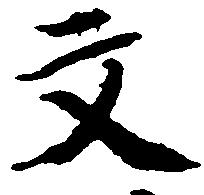
文